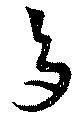
多